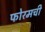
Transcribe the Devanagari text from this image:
फोरमची